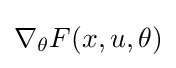
\nabla _{\theta }F(x,u,\theta )